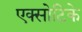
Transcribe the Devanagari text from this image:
एक्सोटिके